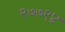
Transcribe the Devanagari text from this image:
२७७२४